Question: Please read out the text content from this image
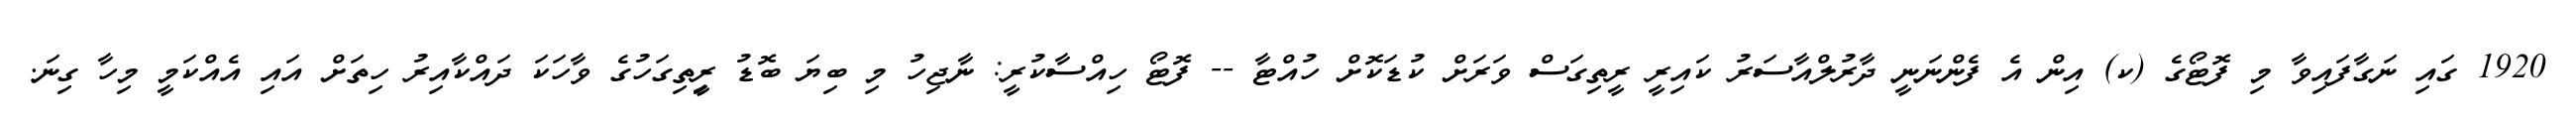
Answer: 1920 ގައި ނަގާފައިވާ މި ފޮޓޯގެ (ކ) އިން އެ ފެންނަނީ ދާރުލްއާސަރު ކައިރީ ރީތިގަސް ވަރަށް ކުޑަކޮށް ހުއްޓާ -- ފޮޓޯ ހިއްސާކުރީ: ނާޖިހު މި ބިޔަ ބޮޑު ރީިތިގަހުގެ ވާހަކަ ދައްކާއިރު ހިތަށް އައި އެއްކަމީ މިހާ ގިނަ.